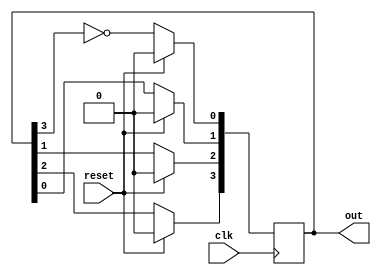
///////Verilog Code Johnson COunter //////
 
module johnson_counter( out,reset,clk);
input clk,reset;
output [3:0] out;
 
reg [3:0] q;
 
always @(posedge clk)
begin
 
if(reset)
 q=4'd0;
 else
 	begin 
 		q[3]<=q[2];
  		q[2]<=q[1];
  		q[1]<=q[0];
   		q[0]<=(~q[3]);
 	end
 end
 
assign out=q;  
endmodule
 
//////End////